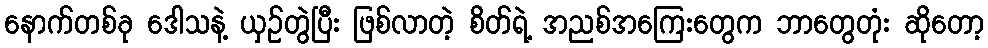
နောက်တစ်ခု ဒေါသနဲ့ ယှဉ်တွဲပြီး ဖြစ်လာတဲ့ စိတ်ရဲ့ အညစ်အကြေးတွေက ဘာတွေတုံး ဆိုတော့